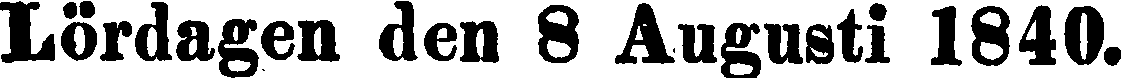
Lördagen den 8 Augusti 1840.